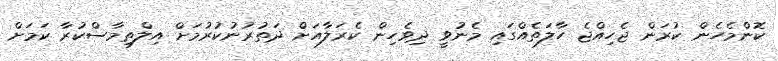
ކޮންމެހެން ކުރަން ޖެހިއްޖެ ހާލަތެއްގައި މެނުވީ ދިވެހިން ކެރަލާއަށް ދަތުރުނުކުރުމަށް އިލްތިމާސްކުރާ ކަމަށް